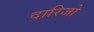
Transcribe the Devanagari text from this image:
दारिजो